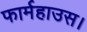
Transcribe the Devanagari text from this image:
फार्महाउस।